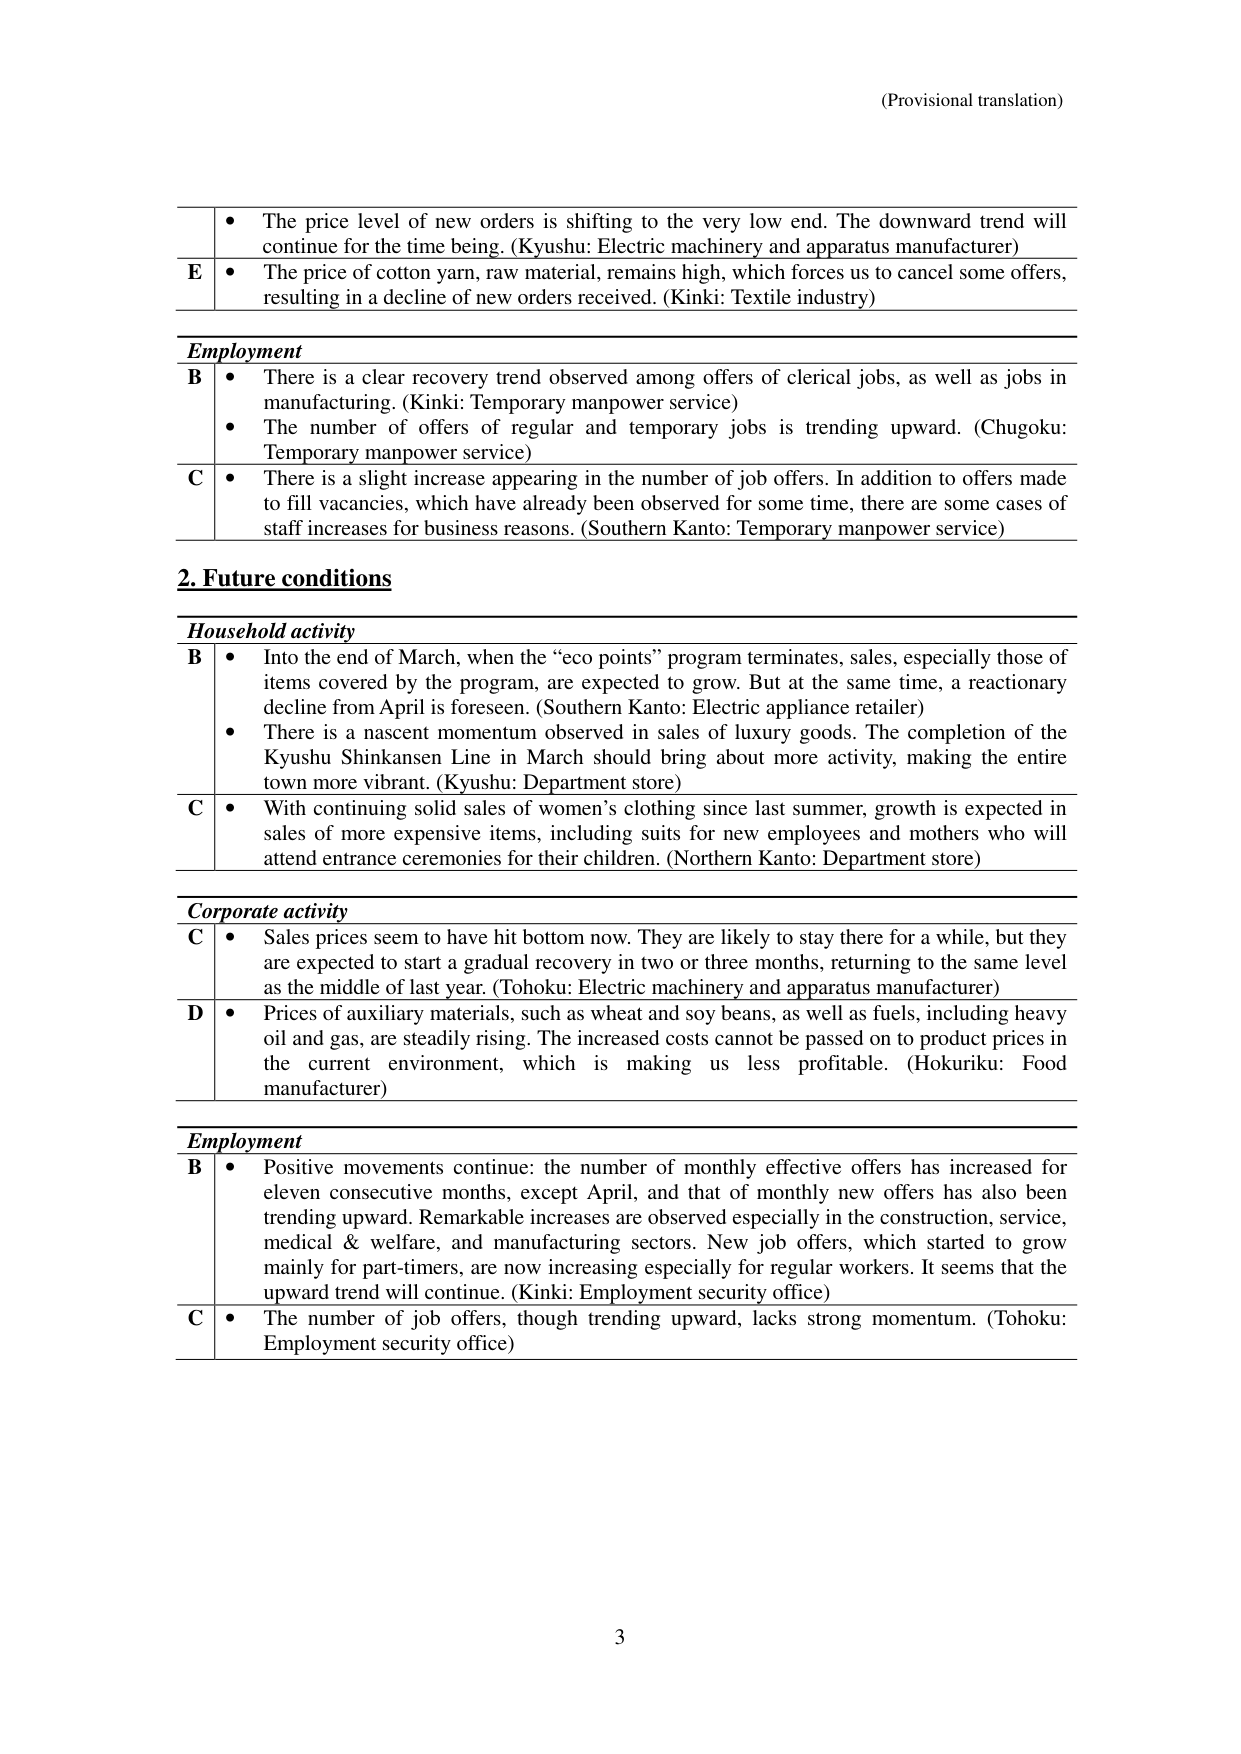
(Provisional translation)

• The price level of new orders is shifting to the very low end. The downward trend will continue for the time being. (Kyushu: Electric machinery and apparatus manufacturer)

E • The price of cotton yarn, raw material, remains high, which forces us to cancel some offers, resulting in a decline of new orders received. (Kinki: Textile industry)

Employment

B • There is a clear recovery trend observed among offers of clerical jobs, as well as jobs in manufacturing. (Kinki: Temporary manpower service)

• The number of offers of regular and temporary jobs is trending upward. (Chugoku: Temporary manpower service)

C • There is a slight increase appearing in the number of job offers. In addition to offers made to fill vacancies, which have already been observed for some time, there are some cases of staff increases for business reasons. (Southern Kanto: Temporary manpower service)

2. Future conditions

Household activity

B • Into the end of March, when the “eco points” program terminates, sales, especially those of items covered by the program, are expected to grow. But at the same time, a reactionary decline from April is foreseen. (Southern Kanto: Electric appliance retailer)

• There is a nascent momentum observed in sales of luxury goods. The completion of the Kyushu Shinkansen Line in March should bring about more activity, making the entire town more vibrant. (Kyushu: Department store)

C • With continuing solid sales of women’s clothing since last summer, growth is expected in sales of more expensive items, including suits for new employees and mothers who will attend entrance ceremonies for their children. (Northern Kanto: Department store)

Corporate activity

C • Sales prices seem to have hit bottom now. They are likely to stay there for a while, but they are expected to start a gradual recovery in two or three months, returning to the same level as the middle of last year. (Tohoku: Electric machinery and apparatus manufacturer)

D • Prices of auxiliary materials, such as wheat and soy beans, as well as fuels, including heavy oil and gas, are steadily rising. The increased costs cannot be passed on to product prices in the current environment, which is making us less profitable. (Hokuriku: Food manufacturer)

Employment

B • Positive movements continue: the number of monthly effective offers has increased for eleven consecutive months, except April, and that of monthly new offers has also been trending upward. Remarkable increases are observed especially in the construction, service, medical & welfare, and manufacturing sectors. New job offers, which started to grow mainly for part-timers, are now increasing especially for regular workers. It seems that the upward trend will continue. (Kinki: Employment security office)

C • The number of job offers, though trending upward, lacks strong momentum. (Tohoku: Employment security office)

3